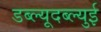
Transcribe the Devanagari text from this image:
डब्ल्यूदब्ल्युई